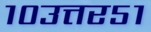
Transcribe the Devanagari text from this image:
१०उत्तर५१